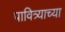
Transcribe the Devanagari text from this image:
पावित्र्याच्या